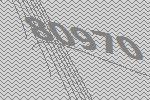
80970